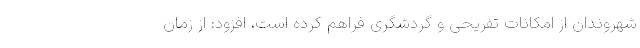
شهروندان از امکانات تفریحی و گردشگری فراهم کرده است، افزود: از زمان